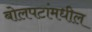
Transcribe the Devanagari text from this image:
बोलपटांमधील